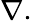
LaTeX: \nabla.